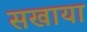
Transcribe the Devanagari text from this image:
सखाया